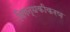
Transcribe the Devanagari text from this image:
विगन्धकीकरण